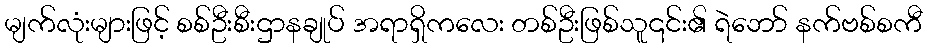
မျက်လုံးများဖြင့် စစ်ဦးစီးဌာနချုပ် အရာရှိကလေး တစ်ဦးဖြစ်သူ၎င်း၏ ရဲဘော် နက်ဗစ်စကီ